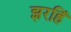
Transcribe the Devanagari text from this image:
झरहिं